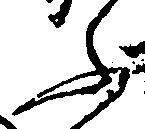
ふ